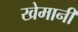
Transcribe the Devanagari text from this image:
खेमानी